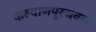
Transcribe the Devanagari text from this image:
कल्याणपूरजवळ